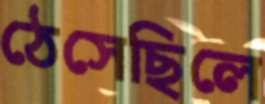
ঠেসেছিলে